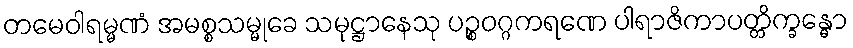
တမေဝါရမ္မဏံ အမစ္စသမ္မုခေ သမုဋ္ဌာနေသု ပဉ္စဝဂ္ဂကရဏေ ပါရာဇိကာပတ္တိက္ခန္ဓော